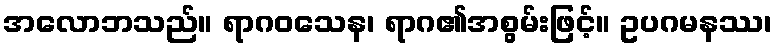
အလောဘသည်။ ရာဂဝသေန၊ ရာဂ၏အစွမ်းဖြင့်။ ဥပဂမနဿ၊